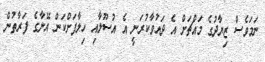
ނަމަވެސް ޒިޔާދުގެ މައްޗަށް އެ ދައުވާކުރަނީ އެ އުސޫލާއި ހިލާފަށްކަން އޭނާގެ ފަރާތުން